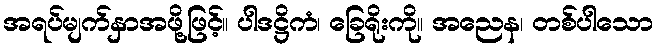
အရပ်မျက်နှာအဖို့ဖြင့်။ ပါဒဋ္ဌိကံ၊ ခြေရိုးကို။ အညေန၊ တစ်ပါသော